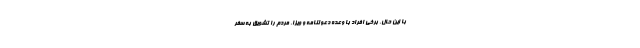
با این حال، برخی افراد با وعده دعوتنامه و ویزا، مردم را تشویق به سفر